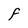
Character: F